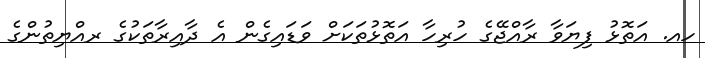
ހއ. އަތޮޅު ފިޔަވާ ރާއްޖޭގެ ހުރިހާ އަތޮޅުތަކަށް ވަޑައިގެން އެ ދާއިރާތަކުގެ ރއްޔިތުންގެ